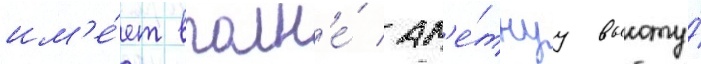
им'е́ет вполн'е́ зам'е́тнуу высоту́